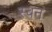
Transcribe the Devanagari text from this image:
स्वनं